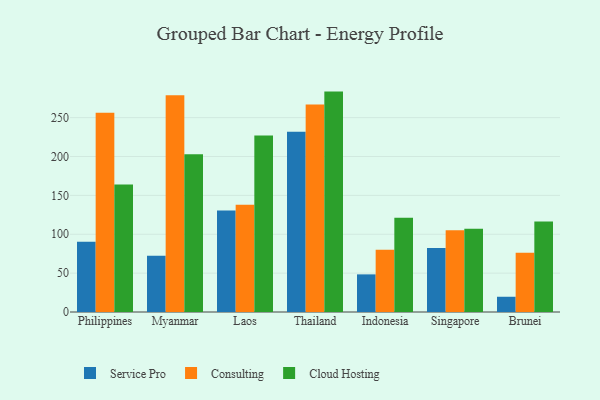
{"axis": {"x": "Country", "y": "Tickets Resolved"}, "legend": ["Cloud Hosting", "Consulting", "Service Pro"], "data": [{"x": "Philippines", "y": 90.5, "type": "Service Pro"}, {"x": "Philippines", "y": 256.2, "type": "Consulting"}, {"x": "Philippines", "y": 164.0, "type": "Cloud Hosting"}, {"x": "Myanmar", "y": 72.5, "type": "Service Pro"}, {"x": "Myanmar", "y": 278.7, "type": "Consulting"}, {"x": "Myanmar", "y": 202.8, "type": "Cloud Hosting"}, {"x": "Laos", "y": 130.4, "type": "Service Pro"}, {"x": "Laos", "y": 138.1, "type": "Consulting"}, {"x": "Laos", "y": 227.0, "type": "Cloud Hosting"}, {"x": "Thailand", "y": 232.0, "type": "Service Pro"}, {"x": "Thailand", "y": 266.9, "type": "Consulting"}, {"x": "Thailand", "y": 283.5, "type": "Cloud Hosting"}, {"x": "Indonesia", "y": 48.4, "type": "Service Pro"}, {"x": "Indonesia", "y": 80.2, "type": "Consulting"}, {"x": "Indonesia", "y": 121.3, "type": "Cloud Hosting"}, {"x": "Singapore", "y": 82.4, "type": "Service Pro"}, {"x": "Singapore", "y": 105.0, "type": "Consulting"}, {"x": "Singapore", "y": 107.2, "type": "Cloud Hosting"}, {"x": "Brunei", "y": 19.6, "type": "Service Pro"}, {"x": "Brunei", "y": 76.1, "type": "Consulting"}, {"x": "Brunei", "y": 116.4, "type": "Cloud Hosting"}]}